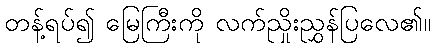
တန့်ရပ်၍ မြေကြီးကို လက်ညှိုးညွှန်ပြလေ၏။